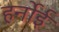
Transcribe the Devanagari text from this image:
हर्नोई